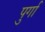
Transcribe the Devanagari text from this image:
पुर्गा